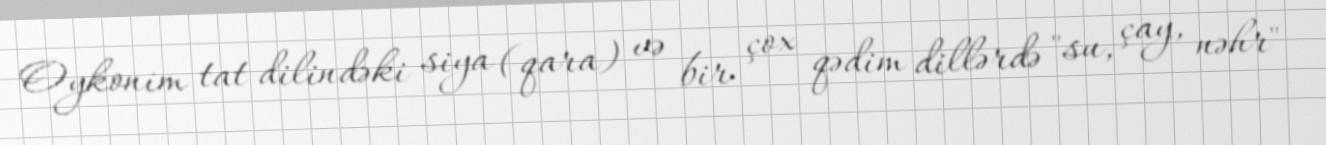
Oykonim tat dilindəki siya (qara) və bir çox qədim dillərdə "su, çay, nəhr"